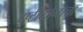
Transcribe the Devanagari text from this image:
दृष्टीकोनाचा